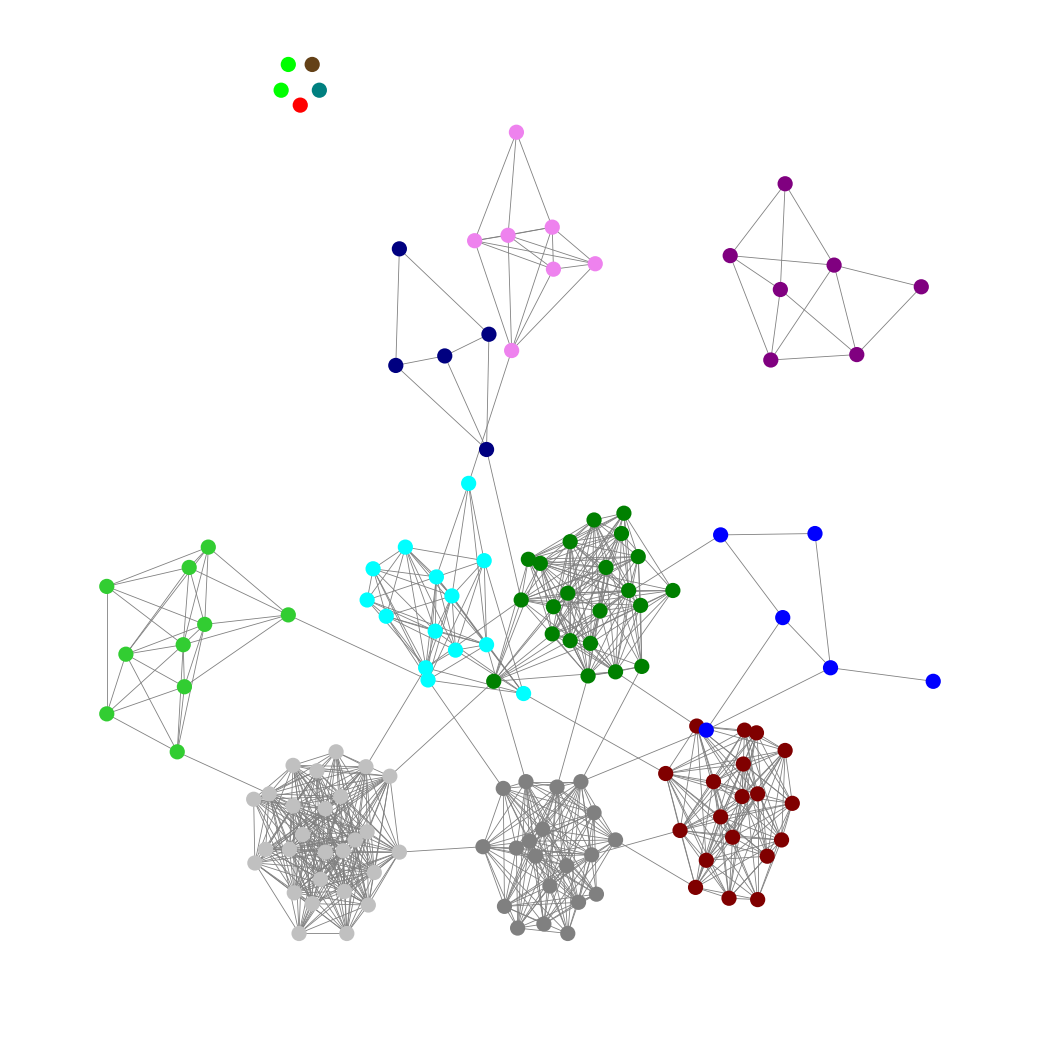
Graph connected: No
Number of connected components: 7
Number of singletons: 5
Total number of nodes: 142
Total number of edges: 832
Number of communities: 14
Community sizes:
Aqua: 14
Blue: 6
Gray: 20
Green: 22
Lime: 2
Lime Green: 10
Maroon: 19
Navy: 5
Pullman Brown: 1
Purple: 7
Red: 1
Silver: 27
Teal: 1
Violet: 7
Graph layout: tda
Graph generation method: erdos_renyi